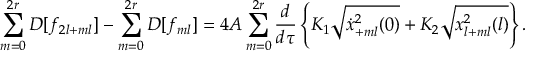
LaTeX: \sum _ { m = 0 } ^ { 2 r } D [ f _ { 2 l + m l } ] - \sum _ { m = 0 } ^ { 2 r } D [ f _ { m l } ] = 4 A \sum _ { m = 0 } ^ { 2 r } \frac { d } { d \tau } \left\{ K _ { 1 } \sqrt { \dot { x } _ { + m l } ^ { 2 } ( 0 ) } + K _ { 2 } \sqrt { x _ { l + m l } ^ { 2 } ( l ) } \right\} .